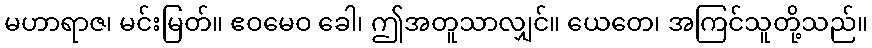
မဟာရာဇ၊ မင်းမြတ်။ ဧဝမေဝ ခေါ၊ ဤအတူသာလျှင်။ ယေတေ၊ အကြင်သူတို့သည်။